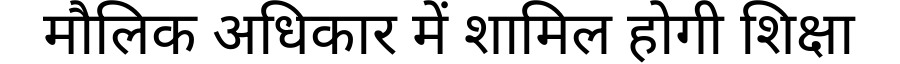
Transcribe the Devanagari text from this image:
मौलिक अधिकार में शामिल होगी शिक्षा